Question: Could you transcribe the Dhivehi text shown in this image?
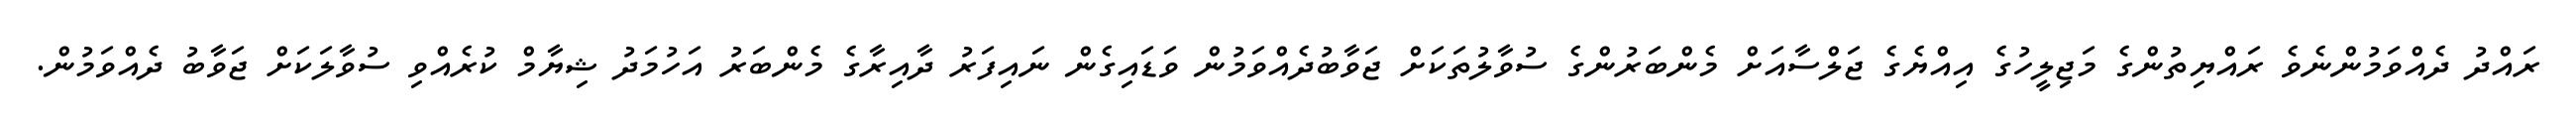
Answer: ރައްދު ދެއްވަމުންނެވެ ރައްޔިތުންގެ މަޖިލީހުގެ އިއްޔެގެ ޖަލްސާއަށް މެންބަރުންގެ ސުވާލުތަކަށް ޖަވާބުދެއްވަމުން ވަޑައިގެން ނައިފަރު ދާއިރާގެ މެންބަރު އަހުމަދު ޝިޔާމް ކުރެއްވި ސުވާލަކަށް ޖަވާބު ދެއްވަމުން.